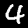
Label: 4